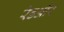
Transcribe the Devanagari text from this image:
रेडऔर